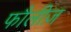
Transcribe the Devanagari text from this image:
फौलीज़